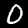
Label: 0